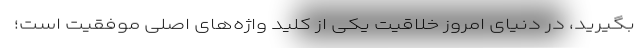
بگیرید، در دنیای امروز خلاقیت یکی از کلید واژه‌های اصلی موفقیت است؛